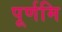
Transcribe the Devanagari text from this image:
पूर्णमि